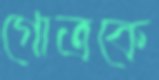
গোত্রকে